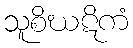
သူစိဃဋိကံ